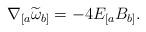
LaTeX: \begin{align*}\nabla _{[a}\widetilde{\omega }_{b]}=-4E_{[a}B_{b]}. \end{align*}